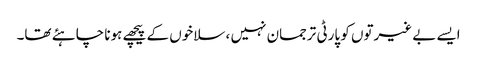
ایسے بے غیرتوں کو پارٹی ترجمان نہیں ، سلاخوں کے پیچھے ہونا چاہئے تھا۔